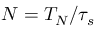
N = T _ { N } / \tau _ { s }